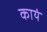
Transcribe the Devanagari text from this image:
कायं